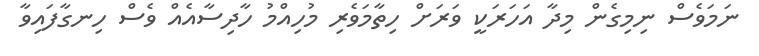
ނަމަވެސް ނިމިގެން މިދާ އަހަރަކީ ވަރަށް ހިތާމަވެރި މުހިއްމު ހާދިސާއެއް ވެސް ހިނގާފައިވާ